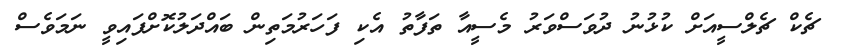
ޗެކް ޗެލްސީއަށް ކުޅުނު ދުވަސްވަރު މެސީއާ ތަފާތު އެކި ފަހަރުމަތިން ބައްދަލުކޮށްފައިވީ ނަމަވެސް